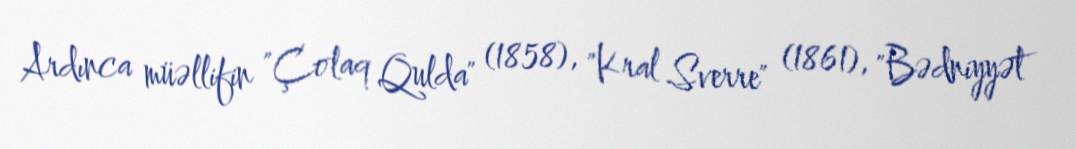
Ardınca müəllifin "Çolaq Qulda" (1858), "Kral Sverre" (1861), "Bədniyyət